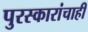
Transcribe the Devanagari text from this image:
पुरस्कारांचाही